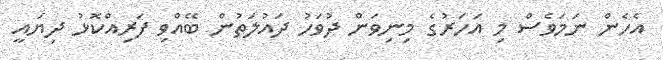
އެހެން ނަމަވެސް މި އަހަރުގެ މިނިވަން ދުވަހު ދައުލަތުން ބޭއްވި ފަރިއްކޮޅު ދިޔައީ